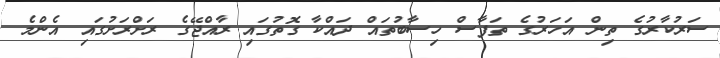
ސަރުކާރުގެ ތިން އަހަރުގެ ތަފާސް ހިސާބުތައް ދައްކާ ގޮތުގައި ރާއްޖޭގެ ރަށްރަށުގައި އެންމެ